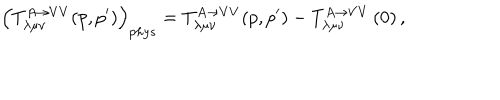
\left( T _ { \lambda \mu \nu } ^ { A \rightarrow V V } ( p , p ^ { \prime } ) \right) _ { p h y s } = T _ { \lambda \mu \nu } ^ { A \rightarrow V V } ( p , p ^ { \prime } ) - T _ { \lambda \mu \nu } ^ { A \rightarrow V V } \left( 0 \right) ,